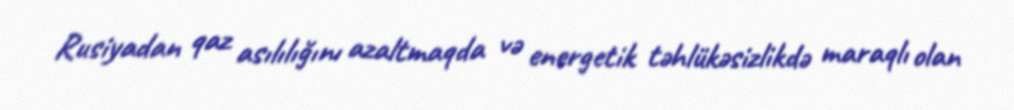
Rusiyadan qaz asılılığını azaltmaqda və energetik təhlükəsizlikdə maraqlı olan